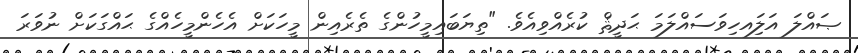
ޞައްލަ އަލަިއހިވަސައްލަމަ ޙަދީޘް ކުރެއްވިއެވެ. "ތިޔަބައިމީހުންގެ ތެރެއިން މީހަކަށް އެހެންމީހެއްގެ ޙައްގަކަށް ނުވަރަ